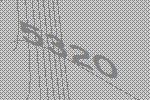
5320